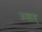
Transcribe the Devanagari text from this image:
अल्लाह्